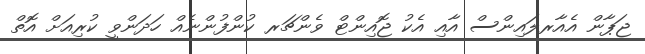
ޖަޕާން އެއާރލައިންސް އާއި އެކު ޖޮއިންޓް ވެންޗަރ ކުންފުންނެއް ހަދަންވީ ކުރިއަށް އޮތް